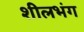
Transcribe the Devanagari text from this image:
शीलभंग